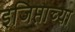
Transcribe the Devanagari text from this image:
इजिप्ताच्या